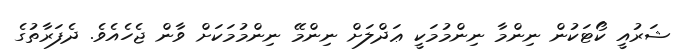
ޝަރުއީ ކޯޓަކުން ނިންމާ ނިންމުމަކީ ޢަދްލަށް ނިންމޭ ނިންމުމަކަށް ވާން ޖެހެއެވެ. ދެފަރާތުގެ